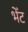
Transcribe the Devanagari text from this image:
भेँट